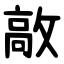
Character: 㪣